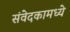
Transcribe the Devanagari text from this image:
संवेदकामध्ये